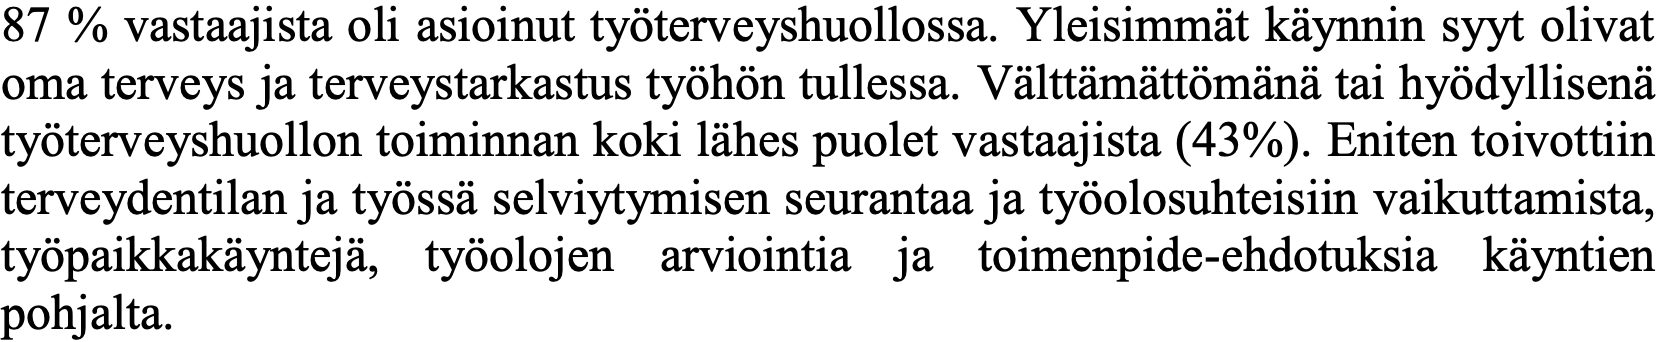
87 % vastaajista oli asioinut työterveyshuollossa. Yleisimmät käynnin syyt olivat oma terveys ja terveystarkastus työhön tullessa. Välttämättömänä tai hyödyllisenä työterveyshuollon toiminnan koki lähes puolet vastaajista (43%). Eniten toivottiin terveydentilan ja työssä selviytymisen seurantaa ja työolosuhteisiin vaikuttamista, työpaikkakäyntejä, työolojen arviointia ja toimenpide-ehdotuksia käyntien pohjalta.